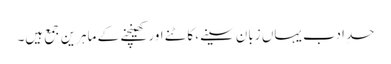
حدِ ادب یہاں زبان سینے، کاٹنے اور کھینچنے کے ماہرین جمع ہیں۔